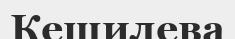
Кешилева